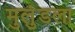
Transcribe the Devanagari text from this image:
मुलुंडला